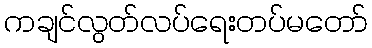
ကချင်လွတ်လပ်ရေးတပ်မတော်